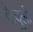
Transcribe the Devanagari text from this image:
केदुली